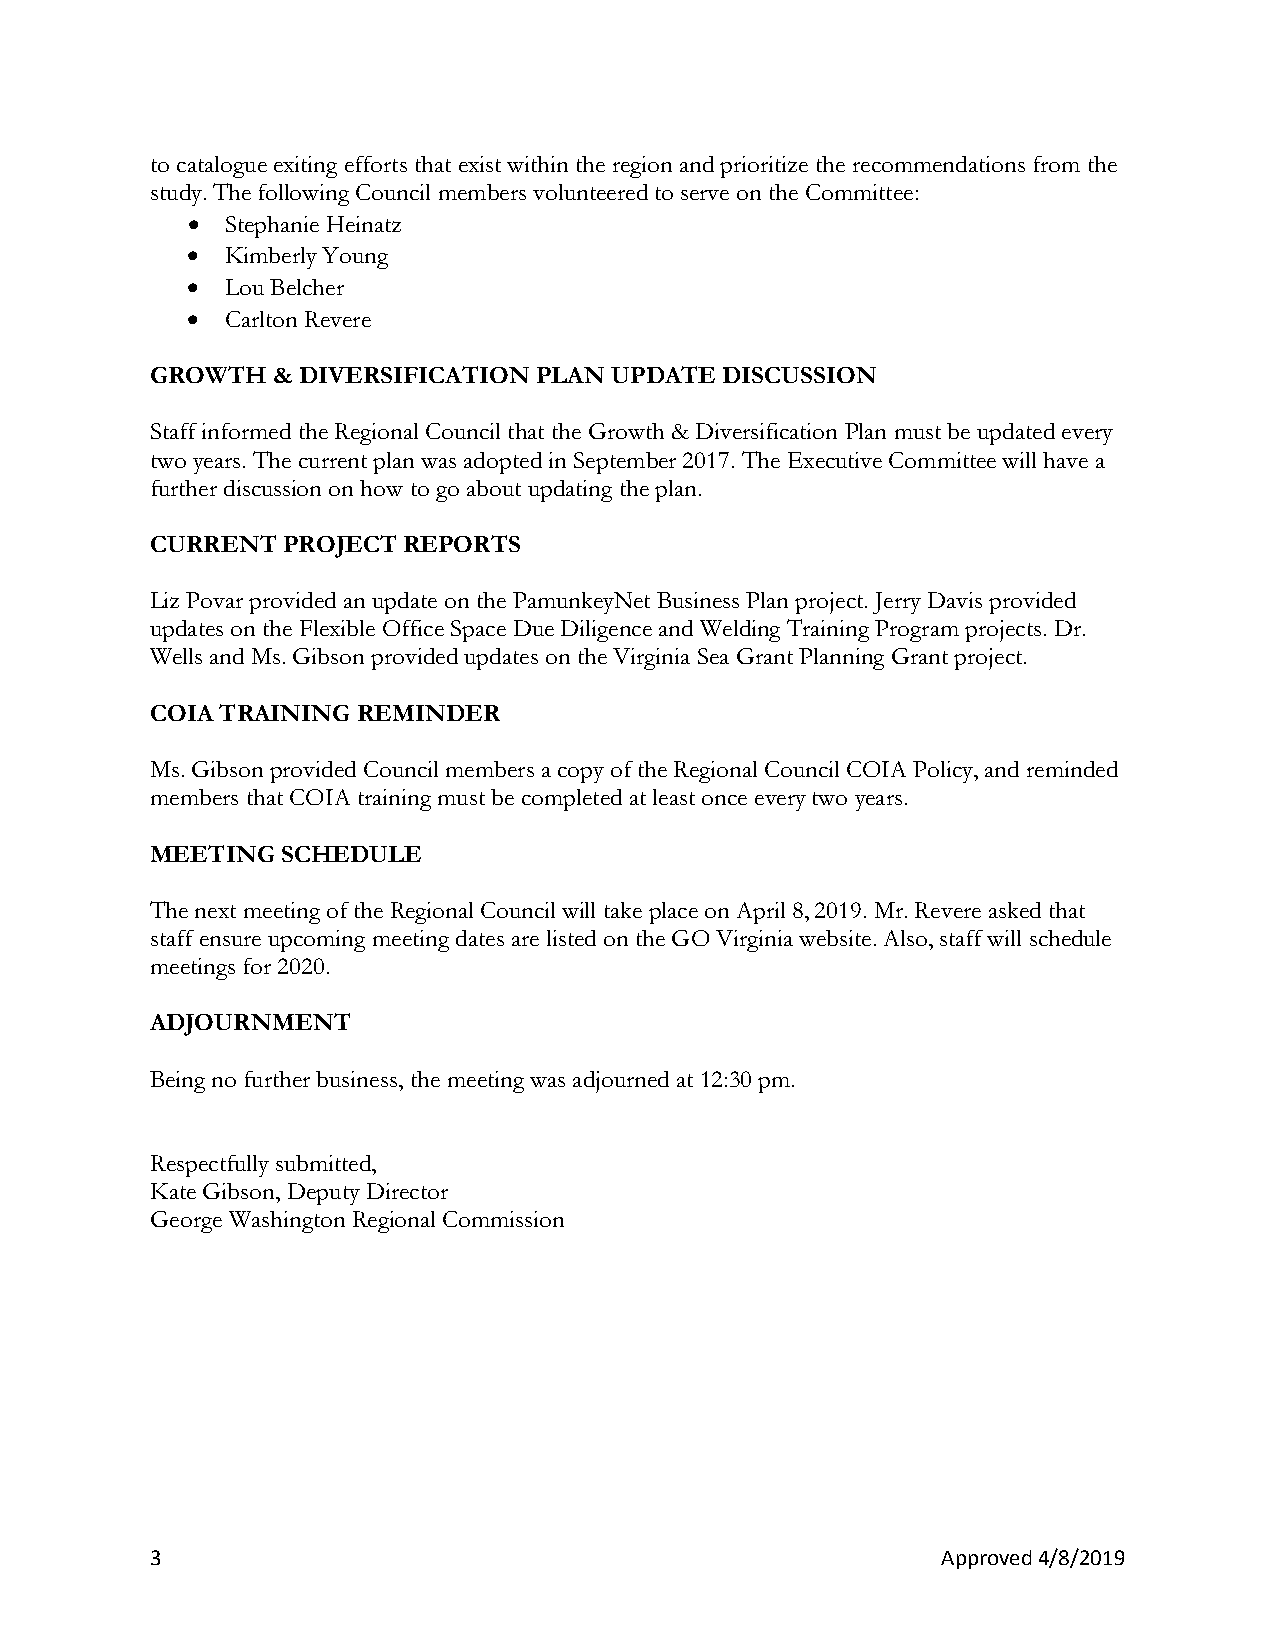
to catalogue exiting efforts that exist within the region and prioritize the recommendations from the
 study. The following Council members volunteered to serve on the Committee:
 •  Stephanie Heinatz
 •  Kimberly Young
 •  Lou Belcher
 •  Carlton Revere
 GROWTH  & DIVERSIFICATION PLAN UPDATE DISCUSSION
 Staff informed the Regional Council that the Growth & Diversification Plan must be updated every
 two years. The current plan was adopted in September 2017. The Executive Committee will have a
 further discussion on how to go about updating the plan.
 CURRENT  PROJECT REPORTS
 Liz Povar provided an update on the PamunkeyNet Business Plan project. Jerry Davis provided
 updates on the Flexible Office Space Due Diligence and Welding Training Program projects. Dr.
 Wells and Ms. Gibson provided updates on the Virginia Sea Grant Planning Grant project.
 COIA TRAINING REMINDER
 Ms. Gibson provided Council members a copy of the Regional Council COIA Policy, and reminded
 members that COIA training must be completed at least once every two years.
 MEETING  SCHEDULE
 The next meeting of the Regional Council will take place on April 8, 2019. Mr. Revere asked that
 staff ensure upcoming meeting dates are listed on the GO Virginia website. Also, staff will schedule
 meetings for 2020.
 ADJOURNMENT
 Being no further business, the meeting was adjourned at 12:30 pm.
 Respectfully submitted,
 Kate Gibson, Deputy Director
 George Washington Regional Commission
 3                                                   Approved 4/8/2019